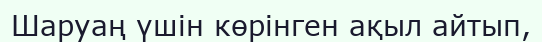
Шаруаң үшін көрінген ақыл айтып,